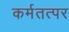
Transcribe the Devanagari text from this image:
कर्मतत्पर